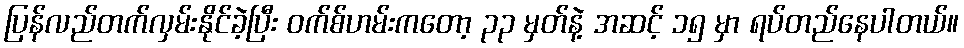
ပြန်လည်တက်လှမ်းနိုင်ခဲ့ပြီး ဝက်စ်ဟမ်းကတော့ ၃၃ မှတ်နဲ့ အဆင့် ၁၅ မှာ ရပ်တည်နေပါတယ်။